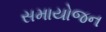
સમાયોજન